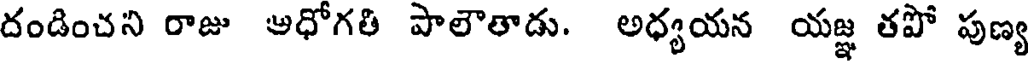
దండించని రాజు ఆధోగతి పాలౌతాడు. అధ్యయన యజ్ఞ తపో పుణ్య